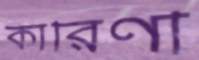
কারিণী